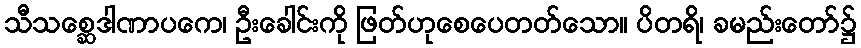
သီသစ္ဆေဒါဏာပကေ၊ ဦးခေါင်းကို ဖြတ်ဟုစေပေတတ်သော။ ပိတရိ၊ ခမည်းတော်၌